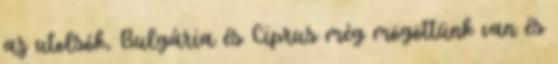
az utolsók, Bulgária és Ciprus még mögöttünk van és